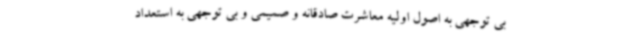
بی توجهی به اصول اولیه معاشرت صادقانه و صمیمی و بی توجهی به استعداد